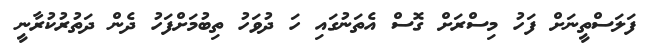
ފަލަސްތީނަށް ފަހު މިސްރަށް ގޮސް އެތަނުގައި ހަ ދުވަހު ތިބުމަށްފަހު ދެން ދަތުުރުކުރާނީ